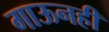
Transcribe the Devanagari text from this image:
गाऊनही